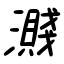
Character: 濺